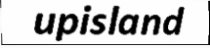
upisland